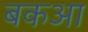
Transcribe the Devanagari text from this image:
बकआ